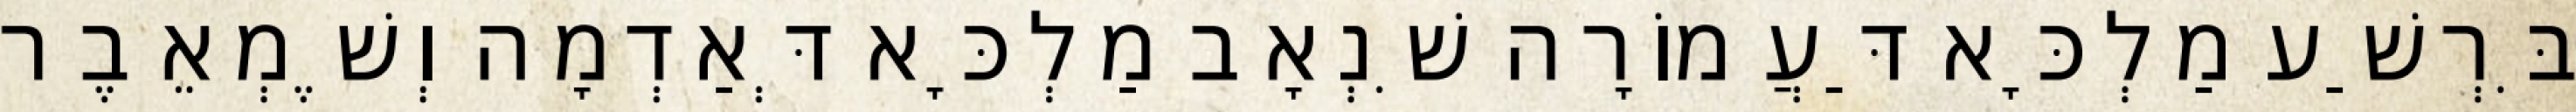
בִּרְשַׁע מַלְכָּא דַּעֲמוֹרָה שִׁנְאָב מַלְכָּא דְּאַדְמָה וְשֶׁמְאֵבֶר